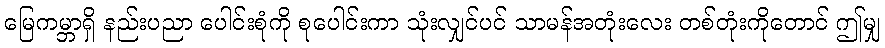
မြေကမ္ဘာရှိ နည်းပညာ ပေါင်းစုံကို စုပေါင်းကာ သုံးလျှင်ပင် သာမန်အတုံးလေး တစ်တုံးကိုတောင် ဤမျှ